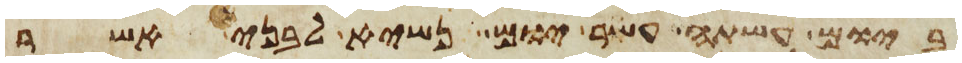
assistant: ביום עשתי עשר יום נשיא לבני אשר